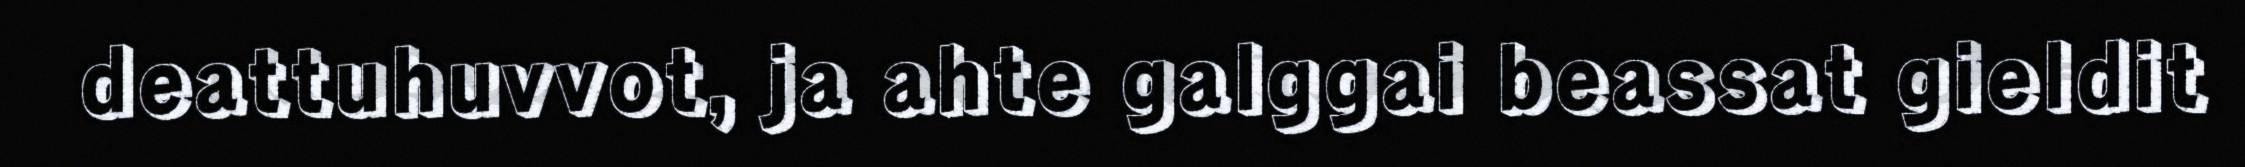
deattuhuvvot, ja ahte galggai beassat gieldit